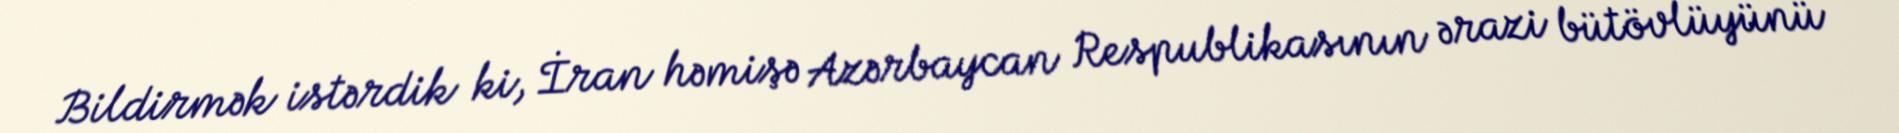
Bildirmək istərdik ki, İran həmişə Azərbaycan Respublikasının ərazi bütövlüyünü